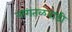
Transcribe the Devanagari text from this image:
नागतळवाडी